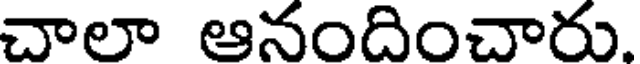
చాలా ఆనందించారు.